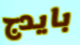
بايدج